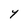
Character: Y